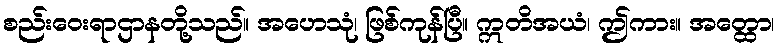
စည်းဝေးရာဌာနတို့သည်။ အဟေသုံ၊ ဖြစ်ကုန်ပြီ။ ဣတိအယံ၊ ဤကား။ အတ္ထော၊